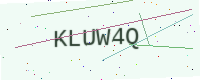
Text: KLUW4Q